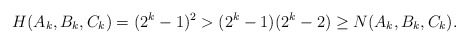
\begin{align*}H(A_k, B_k, C_k) = (2^k - 1)^2 > (2^k - 1)(2^{k} - 2) \geq N(A_k, B_k, C_k).\end{align*}